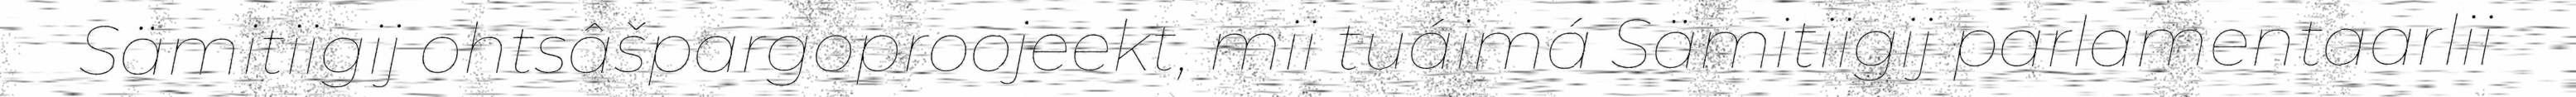
Sämitiigij ohtsâšpargoproojeekt, mii tuáimá Sämitiigij parlamentaarlii